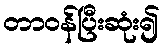
တာဝန်ပြီးဆုံး၍